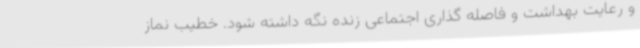
و رعایت بهداشت و فاصله گذاری اجتماعی زنده نگه داشته شود. خطیب نماز